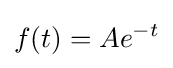
f(t)=Ae^{-t}